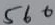
Text: 560